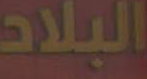
البلاد